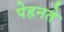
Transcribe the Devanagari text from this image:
पेहनते